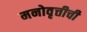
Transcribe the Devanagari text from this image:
मनोवृत्तीची